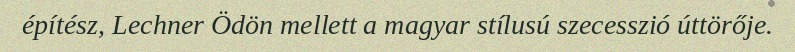
építész, Lechner Ödön mellett a magyar stílusú szecesszió úttörője.